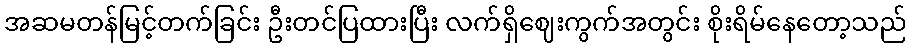
အဆမတန်မြင့်တက်ခြင်း ဦးတင်ပြထားပြီး လက်ရှိဈေးကွက်အတွင်း စိုးရိမ်နေတော့သည်